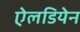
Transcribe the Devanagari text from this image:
ऐलडियेन